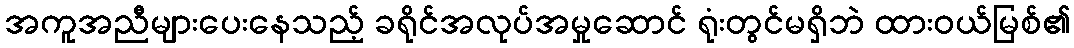
အကူအညီများပေးနေသည့် ခရိုင်အလုပ်အမှုဆောင် ရုံးတွင်မရှိဘဲ ထားဝယ်မြစ်၏